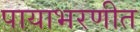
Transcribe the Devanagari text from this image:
पायाभरणीत